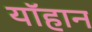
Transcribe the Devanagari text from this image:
यॉहान